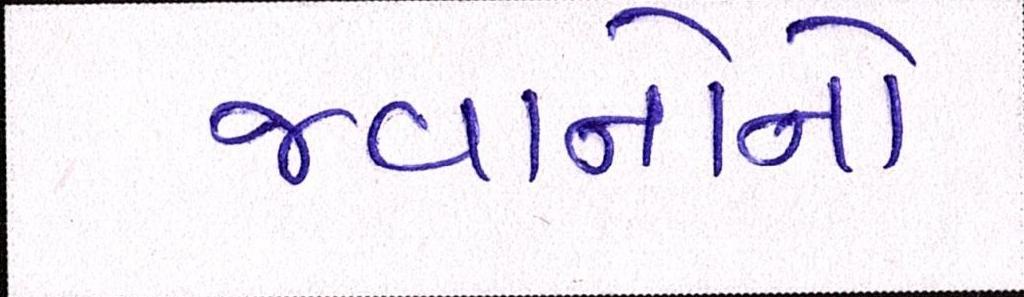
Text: જવાનોનો